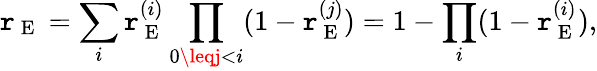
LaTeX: \mathtt{r}_{\mathrm{{~E~}}}=\sum_{i}\mathtt{r}_{\mathrm{{~E~}}}^{(i)}\prod_{0\leqj<i}(1-\mathtt{r}_{\mathrm{{~E~}}}^{(j)})=1-\prod_{i}(1-\mathtt{r}_{\mathrm{{~E~}}}^{(i)}),